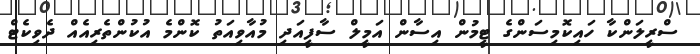
ސްރީލަންކާ ހައިކޮމިސަންގެ ޓީމުން އިސާން އަމީލް ސާފީއަދި މުއާވިއަތު ކޮންމެ އުކުންތެރިއެއް ދެވިކެޓް